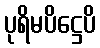
ပုရိမပိဋ္ဌေပိ